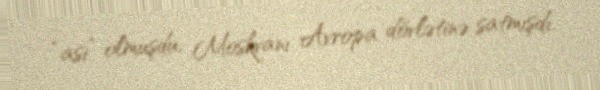
“asi” olmuşdu, Moskvanı Avropa dövlətinə satmışdı.